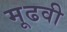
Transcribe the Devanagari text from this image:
मूढवी